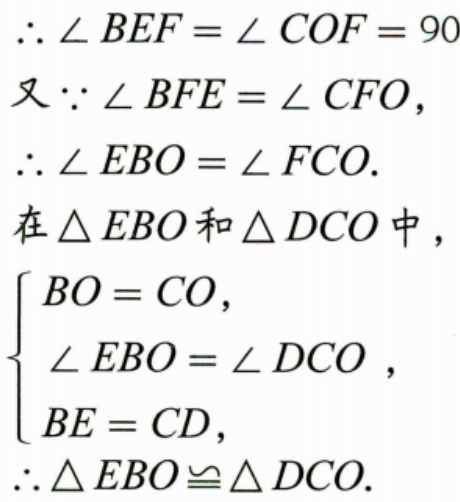
$\therefore \angle BEF=\angle COF = 90$
又$\because \angle BFE=\angle CFO$，
$\therefore \angle EBO=\angle FCO.$
在$\triangle EBO$和$\triangle DCO$中，
$\begin{cases}
BO = CO,\\
\angle EBO=\angle DCO,\\
BE = CD,
\end{cases}$
$\therefore \triangle EBO\cong\triangle DCO.$